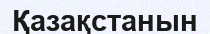
Қазақстанын